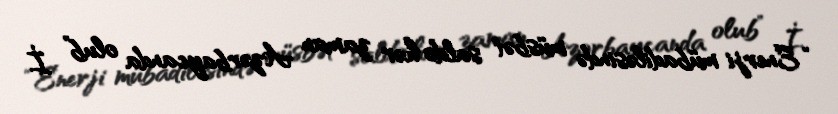
“Enerji mübadiləsində müsbət saldo hər zaman Azərbaycanda olub” İ.